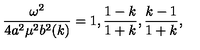
{ \frac { \omega ^ { 2 } } { 4 a ^ { 2 } \mu ^ { 2 } b ^ { 2 } ( k ) } } = 1 , { \frac { 1 - k } { 1 + k } } , { \frac { k - 1 } { 1 + k } } ,